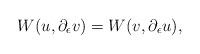
LaTeX: \begin{align*}W(u,\partial_\epsilon v)=W(v,\partial_\epsilon u),\end{align*}